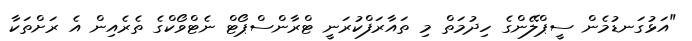
"އަޅުގަނޑުމެން ސީޕްލޭންގެ ހިދުމަތް މި ތައާރަފްކުރަނީ ޓްރާންސްޕޯޓް ނެޓްވޯކްގެ ތެރެއިން އެ ރަށްތަކާ